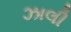
ઝાલી